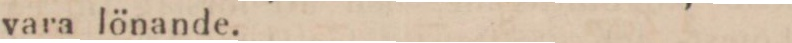
vara lönande.